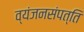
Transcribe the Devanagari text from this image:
व्यंजनसंपत्ति